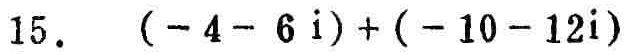
15. \((-4 - 6i)+(-10 - 12i)\)